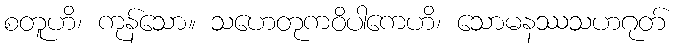
စတူဟိ၊ ကုန်သော။ သဟေတုကဝိပါကေဟိ၊ သောမနဿသဟဂုတ်